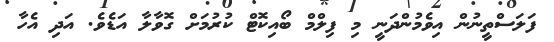
ފަލަސްތީނުން އިވެމުންދަނީ މި ފިލްމް ބޯއިކޮޓް ކުރުމަށް ގޮވާލާ އަޑެވެ. އަދި އެހާ